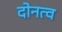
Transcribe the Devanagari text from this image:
दोनत्व